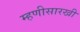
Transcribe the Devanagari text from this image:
म्हणीसारखी